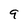
Character: 9